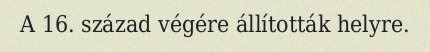
A 16. század végére állították helyre.